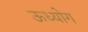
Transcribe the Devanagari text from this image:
ऊध्योग